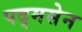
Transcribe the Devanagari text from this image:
पद्मसेन